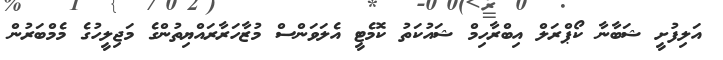
އަލިފުށީ ޝަބާނާ ކޯޕްރަލް އިބްރާހިމް ޝައުކަތު ކޮމެޓީ އެލަވަންސް މުޒާހަރާރައްޔިތުންގެ މަޖިލީހުގެ މެމްބަރުން